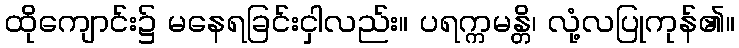
ထိုကျောင်း၌ မနေရခြင်းငှါလည်း။ ပရက္ကမန္တိ၊ လုံ့လပြုကုန်၏။